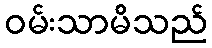
ဝမ်းသာမိသည်